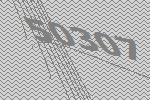
50307